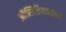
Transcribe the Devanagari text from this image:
ऑब्सिडियममध्ये